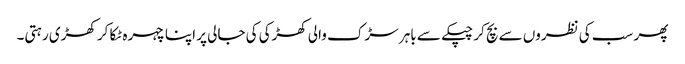
پھر سب کی نظروں سے بچ کر چپکے سے باہر سڑک والی کھڑکی کی جالی پر اپنا چہرہ ٹکا کر کھڑی رہتی۔